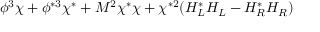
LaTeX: \phi ^ { 3 } \chi + \phi ^ { * 3 } \chi ^ { * } + M ^ { 2 } \chi ^ { * } \chi + \chi ^ { * 2 } ( H _ { L } ^ { * } H _ { L } - H _ { R } ^ { * } H _ { R } )